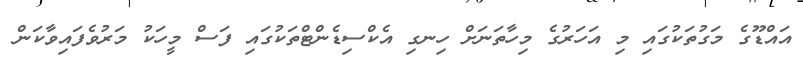
އައްޑޫގެ މަގުތަކުގައި މި އަހަރުގެ މިހާތަނަށް ހިނގި އެކްސިޑެންޓްތަކުގައި ފަސް މީހަކު މަރުވެފައިވާކަން